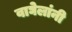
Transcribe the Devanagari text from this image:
वाघेलांनी